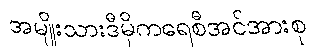
အမျိုးသားဒီမိုကရေစီအင်အားစု